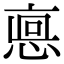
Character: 𢜖